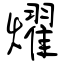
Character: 燿